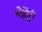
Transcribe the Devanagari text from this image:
भेहेंद्री